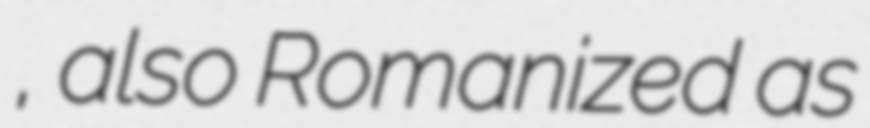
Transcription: چشام, also Romanized as